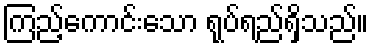
ကြည့်ကောင်းသော ရုပ်ရည်ရှိသည်။